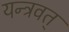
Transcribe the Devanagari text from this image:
यन्त्रवत्